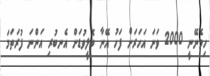
ހިމެނޭނީ 2000 ވަނަ އަހަރަށް ފަހު އޭނާ ބޮލީވުޑަށް އެނބުރި އަންނަ ފުރަތަމަ